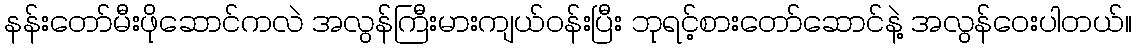
နန်းတော်မီးဖိုဆောင်ကလဲ အလွန်ကြီးမားကျယ်ဝန်းပြီး ဘုရင့်စားတော်ဆောင်နဲ့ အလွန်ဝေးပါတယ်။